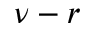
\nu - r